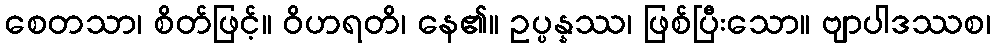
စေတသာ၊ စိတ်ဖြင့်။ ဝိဟရတိ၊ နေ၏။ ဥပ္ပန္နဿ၊ ဖြစ်ပြီးသော။ ဗျာပါဒဿစ၊